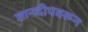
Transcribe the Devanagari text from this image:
ज्ञानदीपवरून